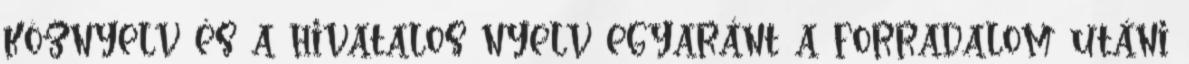
köznyelv és a hivatalos nyelv egyaránt a forradalom utáni